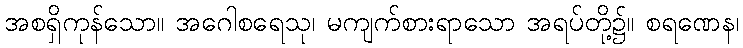
အစရှိကုန်သော။ အဂေါစရေသု၊ မကျက်စားရာသော အရပ်တို့၌။ စရဏေန၊